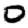
Digit: 0